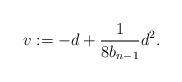
LaTeX: \begin{align*}v := - d + \frac{1}{8 b_{n-1}} d^2.\end{align*}